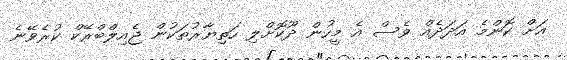
އަށް ކޮންމެ އަދަދެއް ވެސް އެ މީހުން ދޫކޮށްލި ހަތިޔާރުތަކުން ޖެއިލްބްރޭކް ކުރެވޭނެ